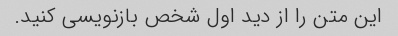
این متن را از دید اول شخص بازنویسی کنید.